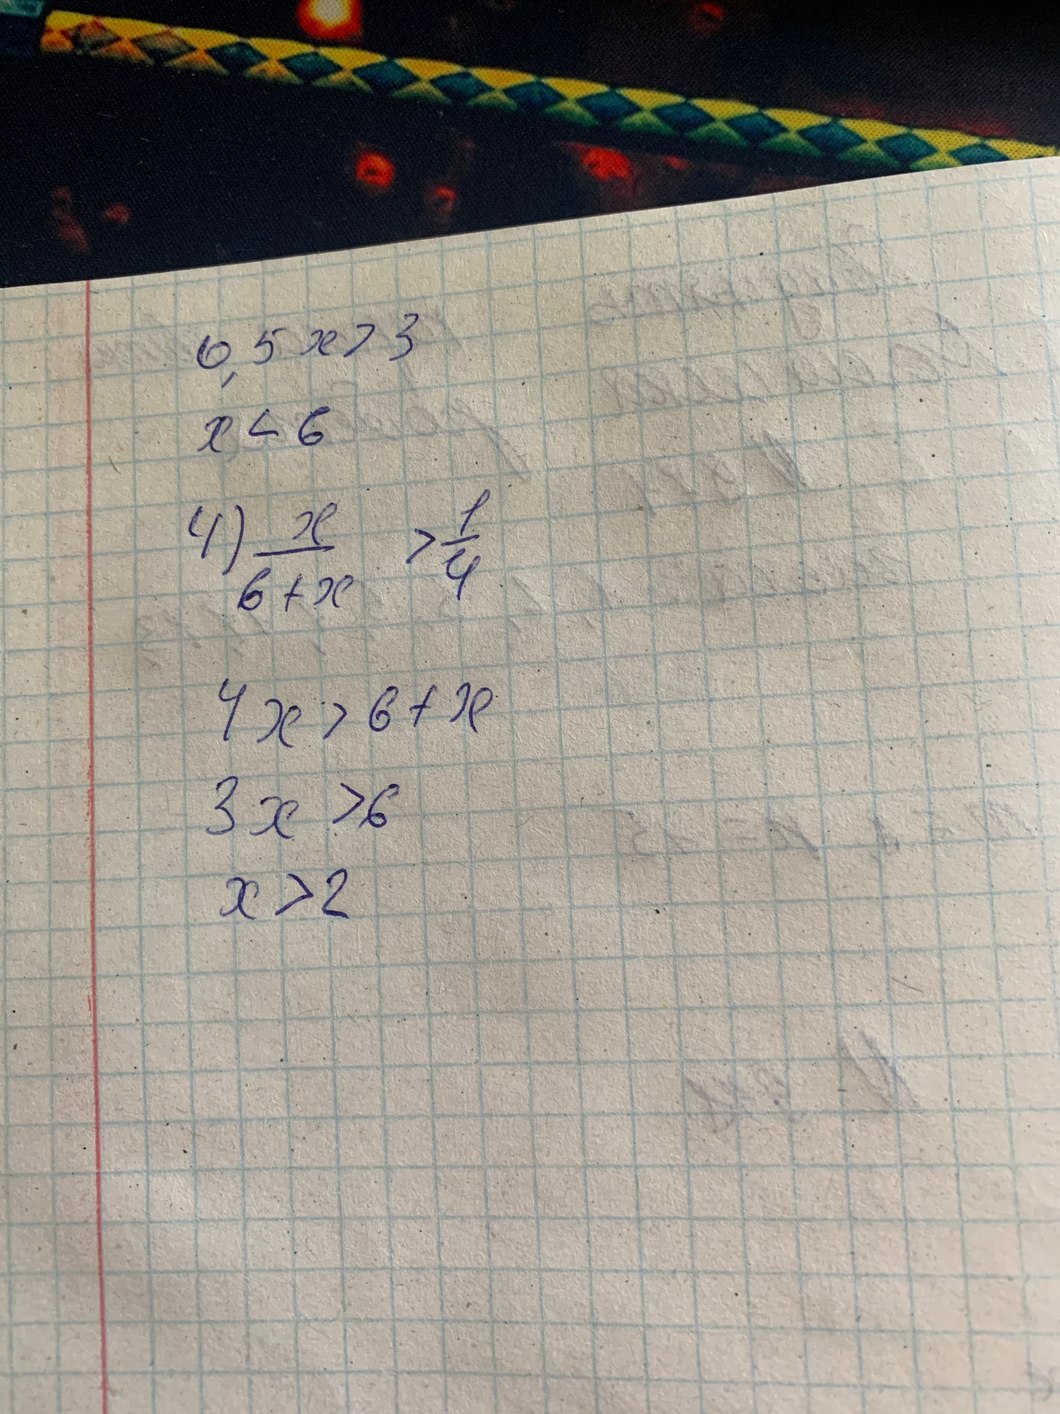
0,5x > 3
x < 6
4) \frac{x}{6+x} > \frac{1}{4}
4)
4x > 6 + x
3x > 6
x > 2